Vaccine operations Central Provinces 1886-1899 - 1886-1899
Year: 1886
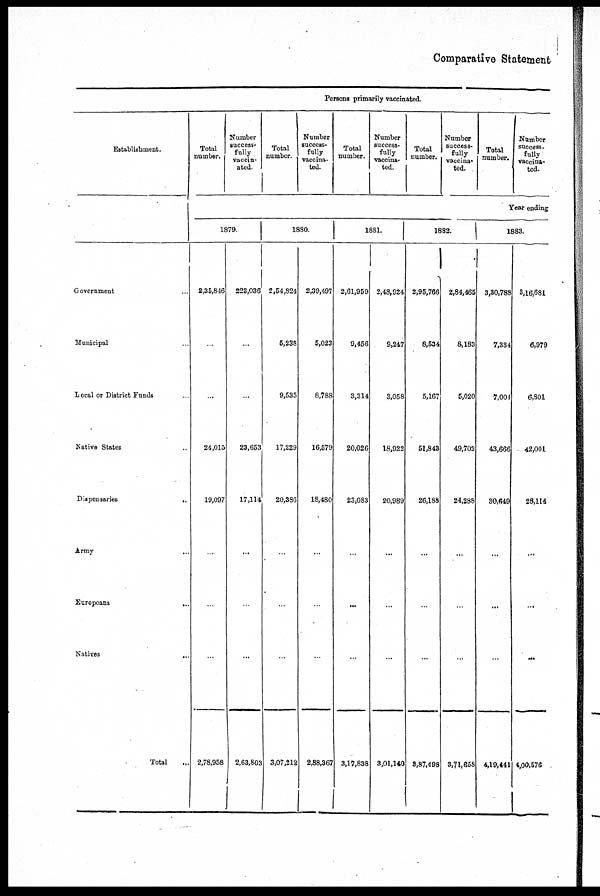
Comparative Statement
Persons primarily vaccinated.
Establishment.
Government ...
Municipal ...
Local or District Funds ...
Native States ...
Dispensaries
...
Army ...
Europeans
...
Natives
...
Total ...
Total
number.
Number
success-
fully
vaccin-
ated.
Total
number.
Number
success-
fully
vaccina.
ted.
Total
number.
Number
success-
fully
vaccina-
ted.
Total
number.
Number
success-
fully
vaccina-
ted.
Total
number.
Number
success-
fully
vaccina-
ted.
Year ending
1879.
2,35,846
...
...
24,015
19,097
...
...
...
2,78,958
223,036
...
...
23,653
17,114
...
...
...
2,63,803
1880.
2,54,824
5,238
9,535
17,229
20,386
...
...
...
3,07,212
2,39,497
5,023
8,788
16,579
18,480
...
...
...
2,88,367
1881.
2,61,959
9,456
3,314
20,026
23,083
...
...
...
3,17,838
2,48,924
9,247
3,058
18,922
20,989
...
...
...
3,01,140
1882.
2,95,766
8,534
5,167
51,843
26,188
...
...
...
3,87,498
2,84,465
8,183
5,020
49,702
24,288
...
...
...
8,71,658
1883.
3,30,788
7,334
7,004
43,666
30,649
...
...
...
4,19,441
3,16,681
6,979
6,801
42,001
28,114
...
...
...
4,00,576